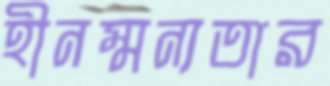
হীনম্মন্যতার